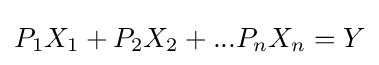
P_{1}X_{1}+P_{2}X_{2}+...P_{n}X_{n}=Y